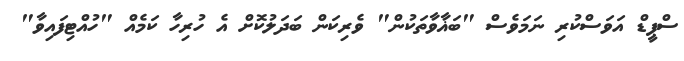
ސްޕީޑް އަވަސްކުރި ނަމަވެސް "ބަޣާވާތަކުން" ވެރިކަން ބަދަލުކޮށް އެ ހުރިހާ ކަމެއް "ހުއްޓިފައިވާ"